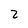
Character: 2